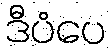
ဒီပံပေ